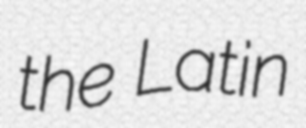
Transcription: the Latin